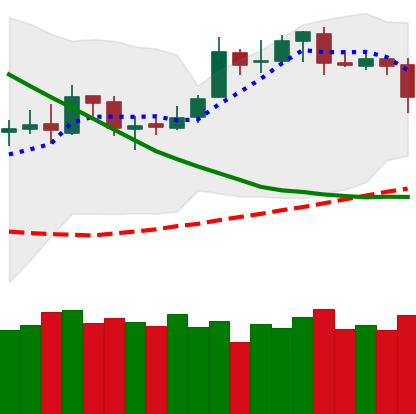
Ticker: BTC-USD
Chart end date: 2019-03-25
Forward return: 3.623%
Label: up_3_5